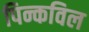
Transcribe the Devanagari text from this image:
पिन्कविल